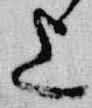
上